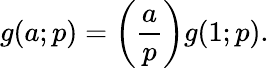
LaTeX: g(a;p)=\left({\frac{a}{p}}\right)g(1;p).